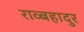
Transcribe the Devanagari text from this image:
राव्बहादुर